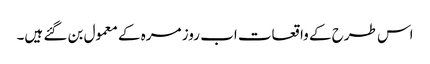
اس طرح کے واقعات اب روز مرہ کے معمول بن گئے ہیں۔